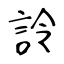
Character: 詅